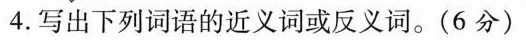
4.写出下列词语的近义词或反义词。(6分)